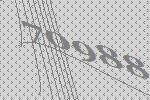
70988